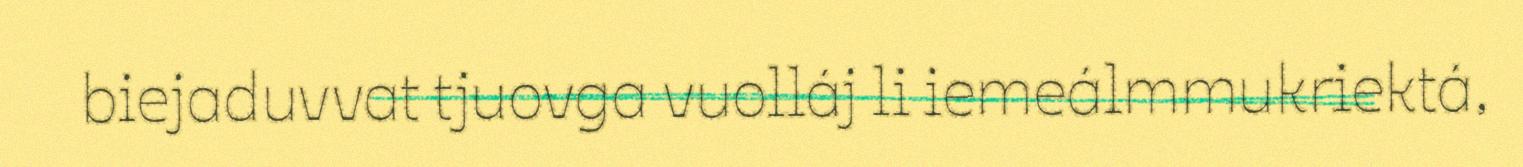
biejaduvvat tjuovga vuolláj li iemeálmmukriektá,